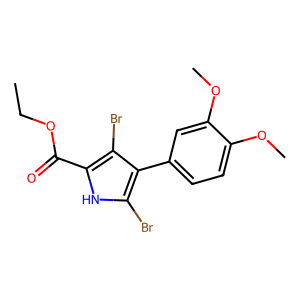
SMILES: CCOC(=O)c1[nH]c(Br)c(-c2ccc(OC)c(OC)c2)c1Br
Inhibits HIV replication: No